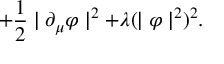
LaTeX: + \frac { 1 } { 2 } \mid \partial _ { \mu } \varphi \mid ^ { 2 } + \lambda ( \mid \varphi \mid ^ { 2 } ) ^ { 2 } .